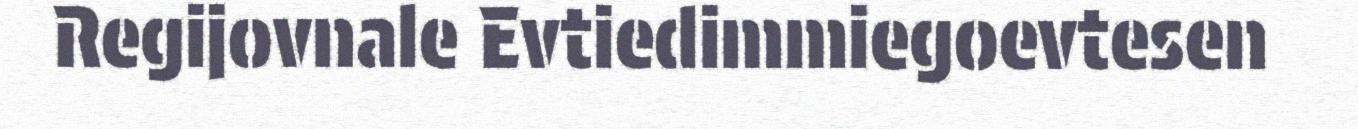
Regijovnale Evtiedimmiegoevtesen